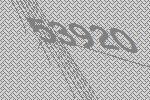
53920